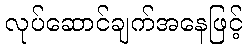
လုပ်ဆောင်ချက်အနေဖြင့်